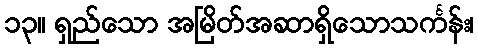
၁၃။ ရှည်သော အမြိတ်အဆာရှိသောသင်္ကန်း၊